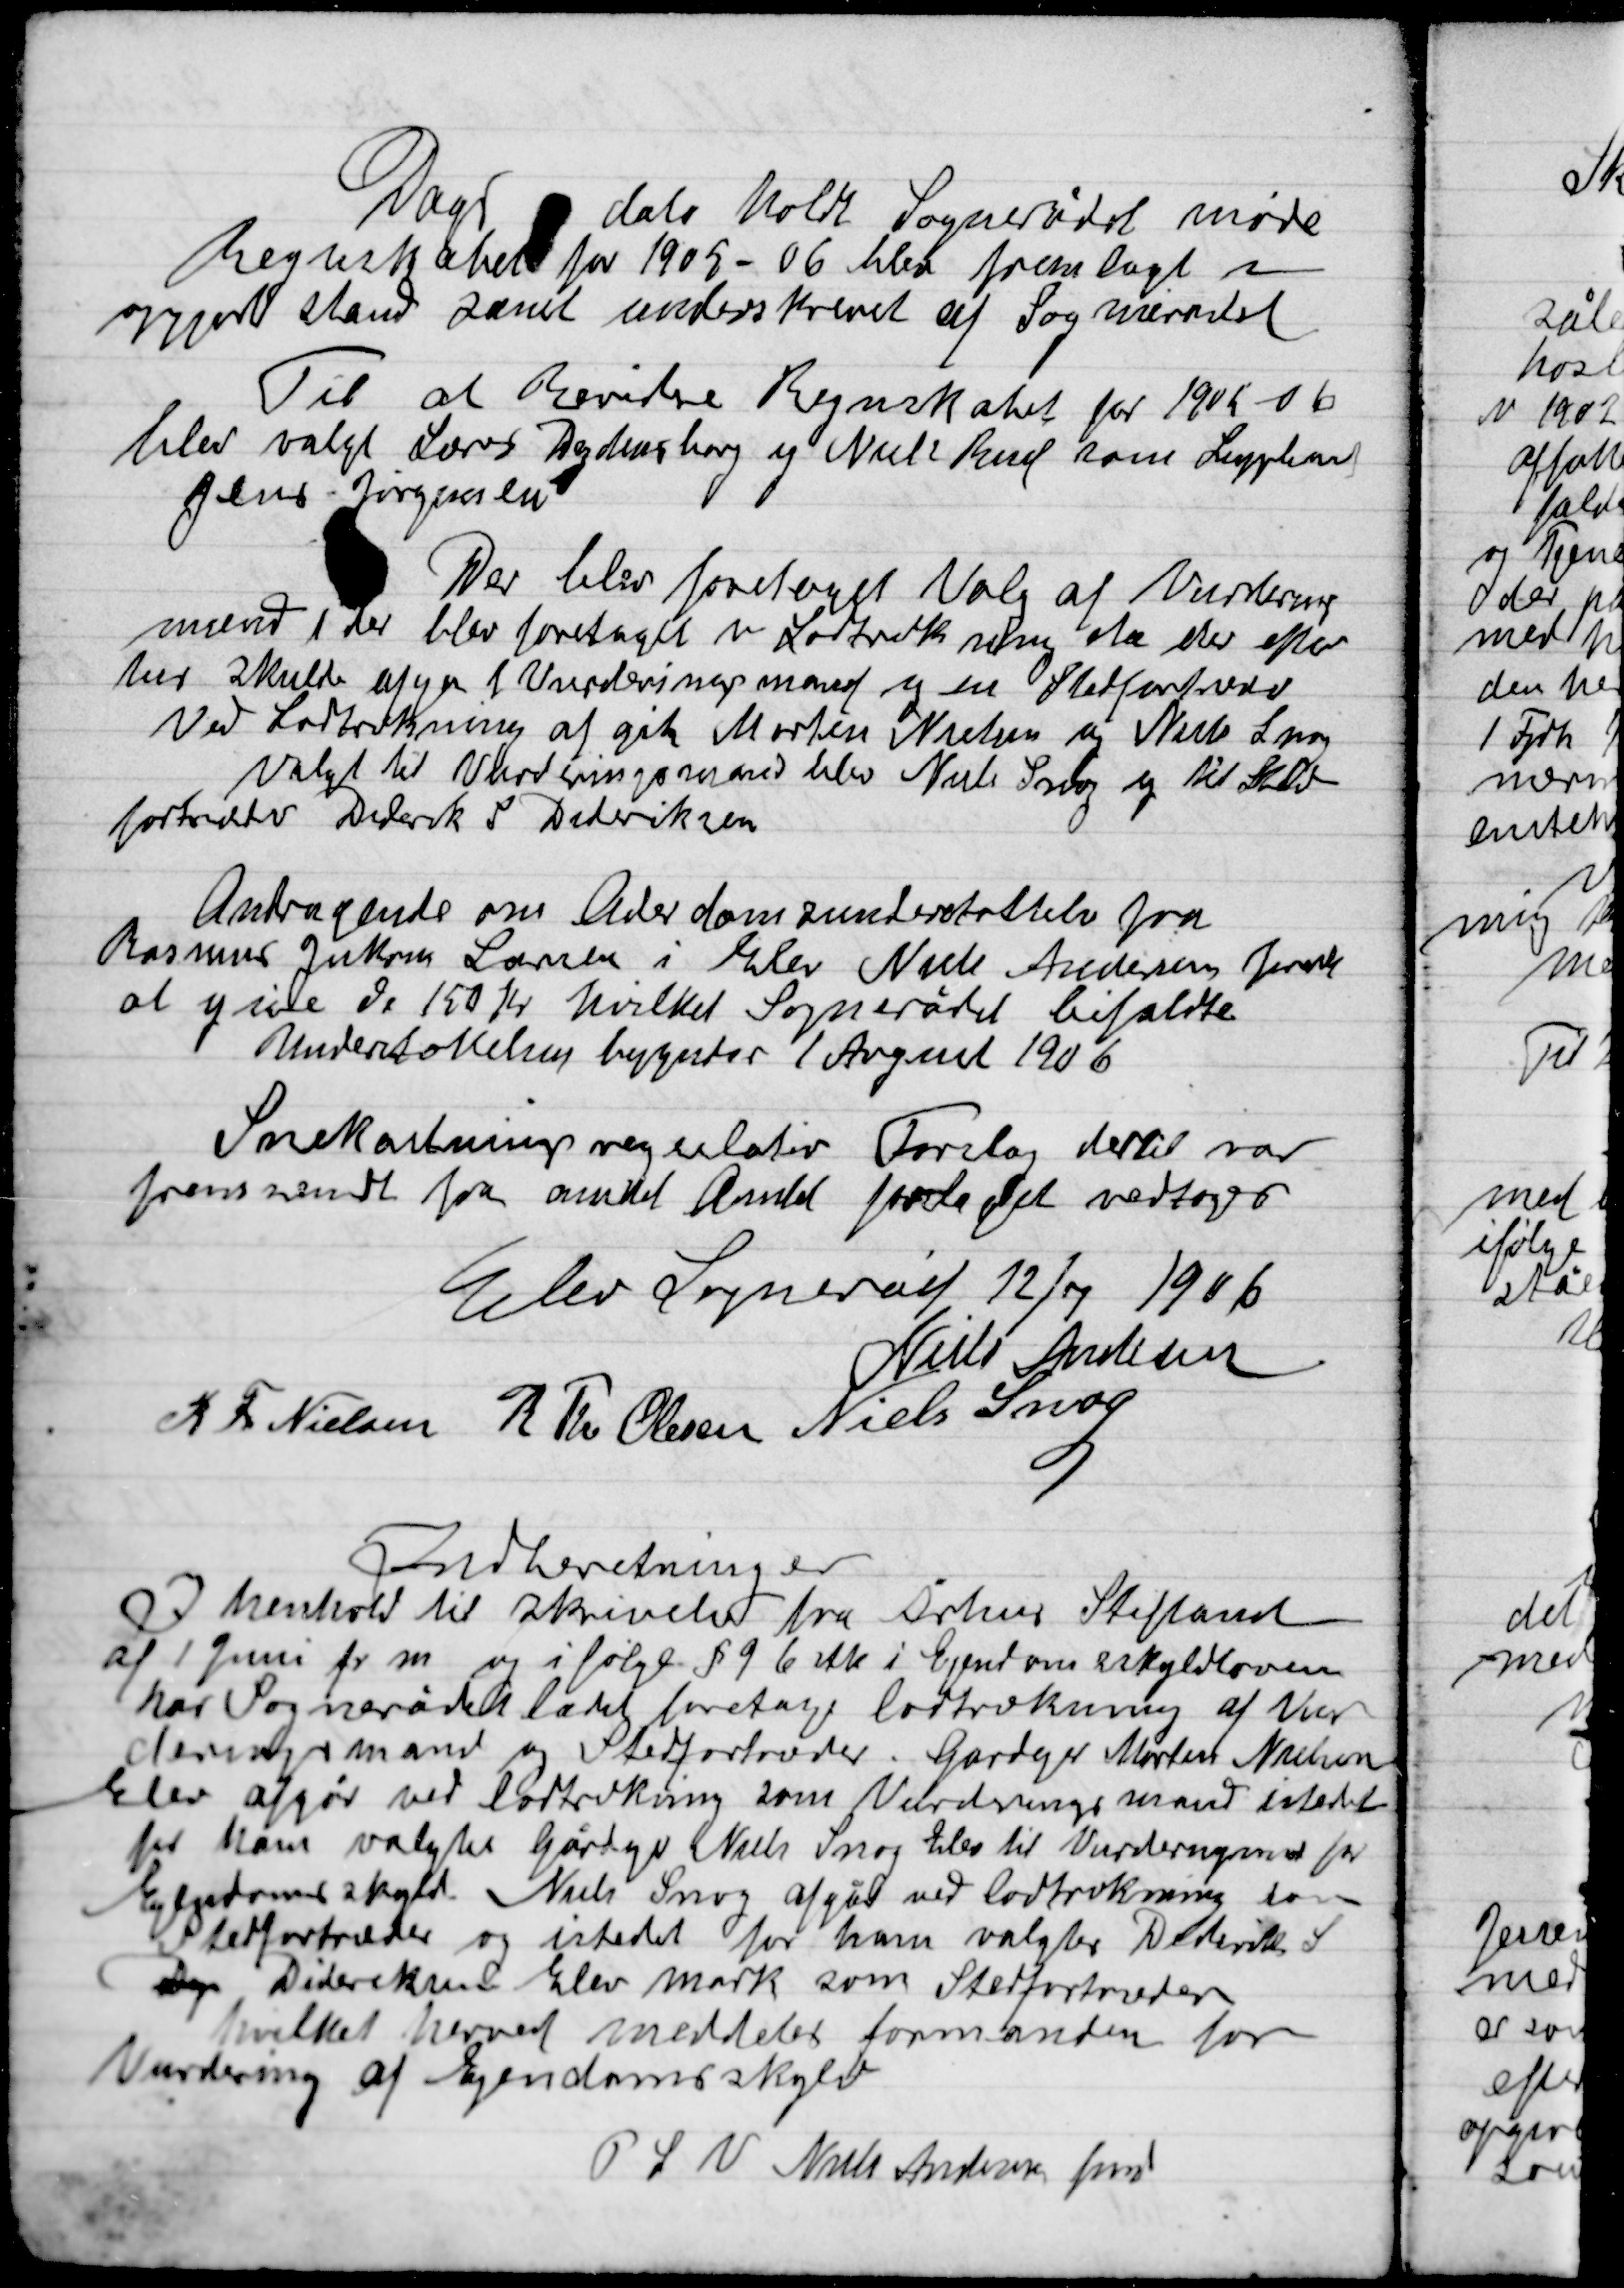
Transskription:
Dags dato holdt Sognerådet møde
Regnskabet for 1905-06 blev forelagt i
opgjort stand samt underskrevet af Sognerådet

Til at bevidne Regnskabet for 1905-06
blev valgt Lærer Dydensborg og Niels Rud som Suppleant
Jens Jørgensen

Der blev foretaget valg af Vurderings-
mænd det blev foretaget ved Lodtrækning da der efter
tur skulle afyn til Vurderingsmand sig en Stedfortræder
Ved Lodtrækning af gik Morten Nielsen og Niels Snog
valget til vurderingsmand blev Niels snog og til Sted-
fortræder Diderik S. Dideriksen

Andragende om Alderdomsunderstøttelse fra
Rasmus Jokum Lærer i Elev Niels Andersen Jerik
at ydelse I 150 Kr. hvilket Sognerådet bifaldte
Understøttelsen begynder 1 August 1906.

Snekastningsregulativ Forelag dertil var
fremsendt for andet Amtet første vedtoges

Elev Sogneråd 12/7 1906

Niels Andersen
K. Th. Nielsen
R. Th. Olsen
Niels Snog

Indberetning
I henholdt til skrivelse fra Århus Stiftsamt
af 1 Juni f. m. og ifølge § 9 6 stk. i Ejendomsskyldsloven
har Sognerådet ladet foretage lodtrækning af Vur-
deringsmand og Stedfortræder gårdejer Morten Nielsen
Elev afgår ved Lodtrækning som vurderingsmand i stedet
for ham valgtes Gårdejer Niels Snog Elev til vurderingsmand for
Ejendomsskyld Niels Snog afgår ved lodtrækning som
Stedfortræder og i stedet for ham valgtes Diderik S.
Dideriksen Elev Mark som Stedfortræder
hvilket herved meddeles formanden for
Vurdering af Ejendomsskyld
P.S.V. Niels Andersen fmd.